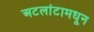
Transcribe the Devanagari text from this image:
अटलांटामधून